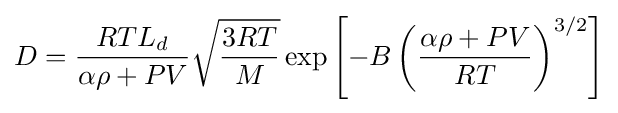
D={\frac {RTL_{d}}{\alpha \rho +PV}}{\sqrt {\frac {3RT}{M}}}\exp \left[-B\left({\frac {\alpha \rho +PV}{RT}}\right)^{3/2}\right]